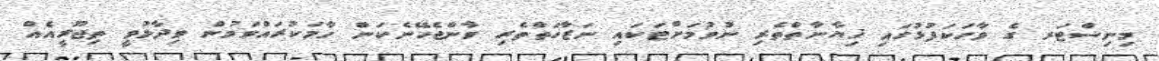
މިނިސްޓަރ ގެ ވާހަކަފުޅުގައި ޚިޔާނާތްތެރި ނުވުމަށްޓަކައި ނަޒާހަތްތެރި ވާންޖެހޭނެކަން ހާމަކުރައްވަމުން ވިދާޅުވީ ތިޖޫރީއެއް